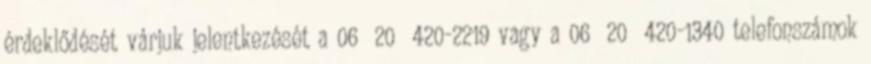
érdeklődését várjuk jelentkezését a 06 20 420-2219 vagy a 06 20 420-1340 telefonszámok